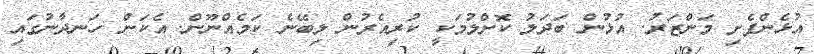
އުޅެންފެށި މަންޒަރު. އުޅުން ބަދަލު ކޮށްލުމަކީ ކުރިއެރުން ލިބޭނެ ކަމެއްނޫން. އެކަން ހަނދާނުގައި